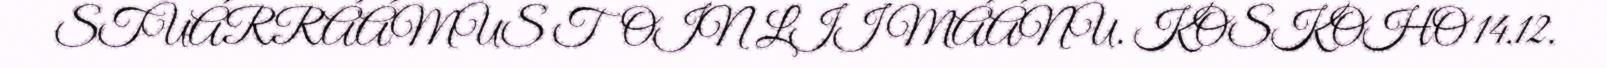
STUÁRRÁÁMUS TOIN LII MÁÁNU. KOSKOHO 14.12.